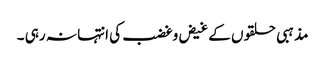
مذہبی حلقوں کے غیض وغضب کی انتہا نہ رہی ۔